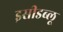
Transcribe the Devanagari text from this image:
इसीडब्लू